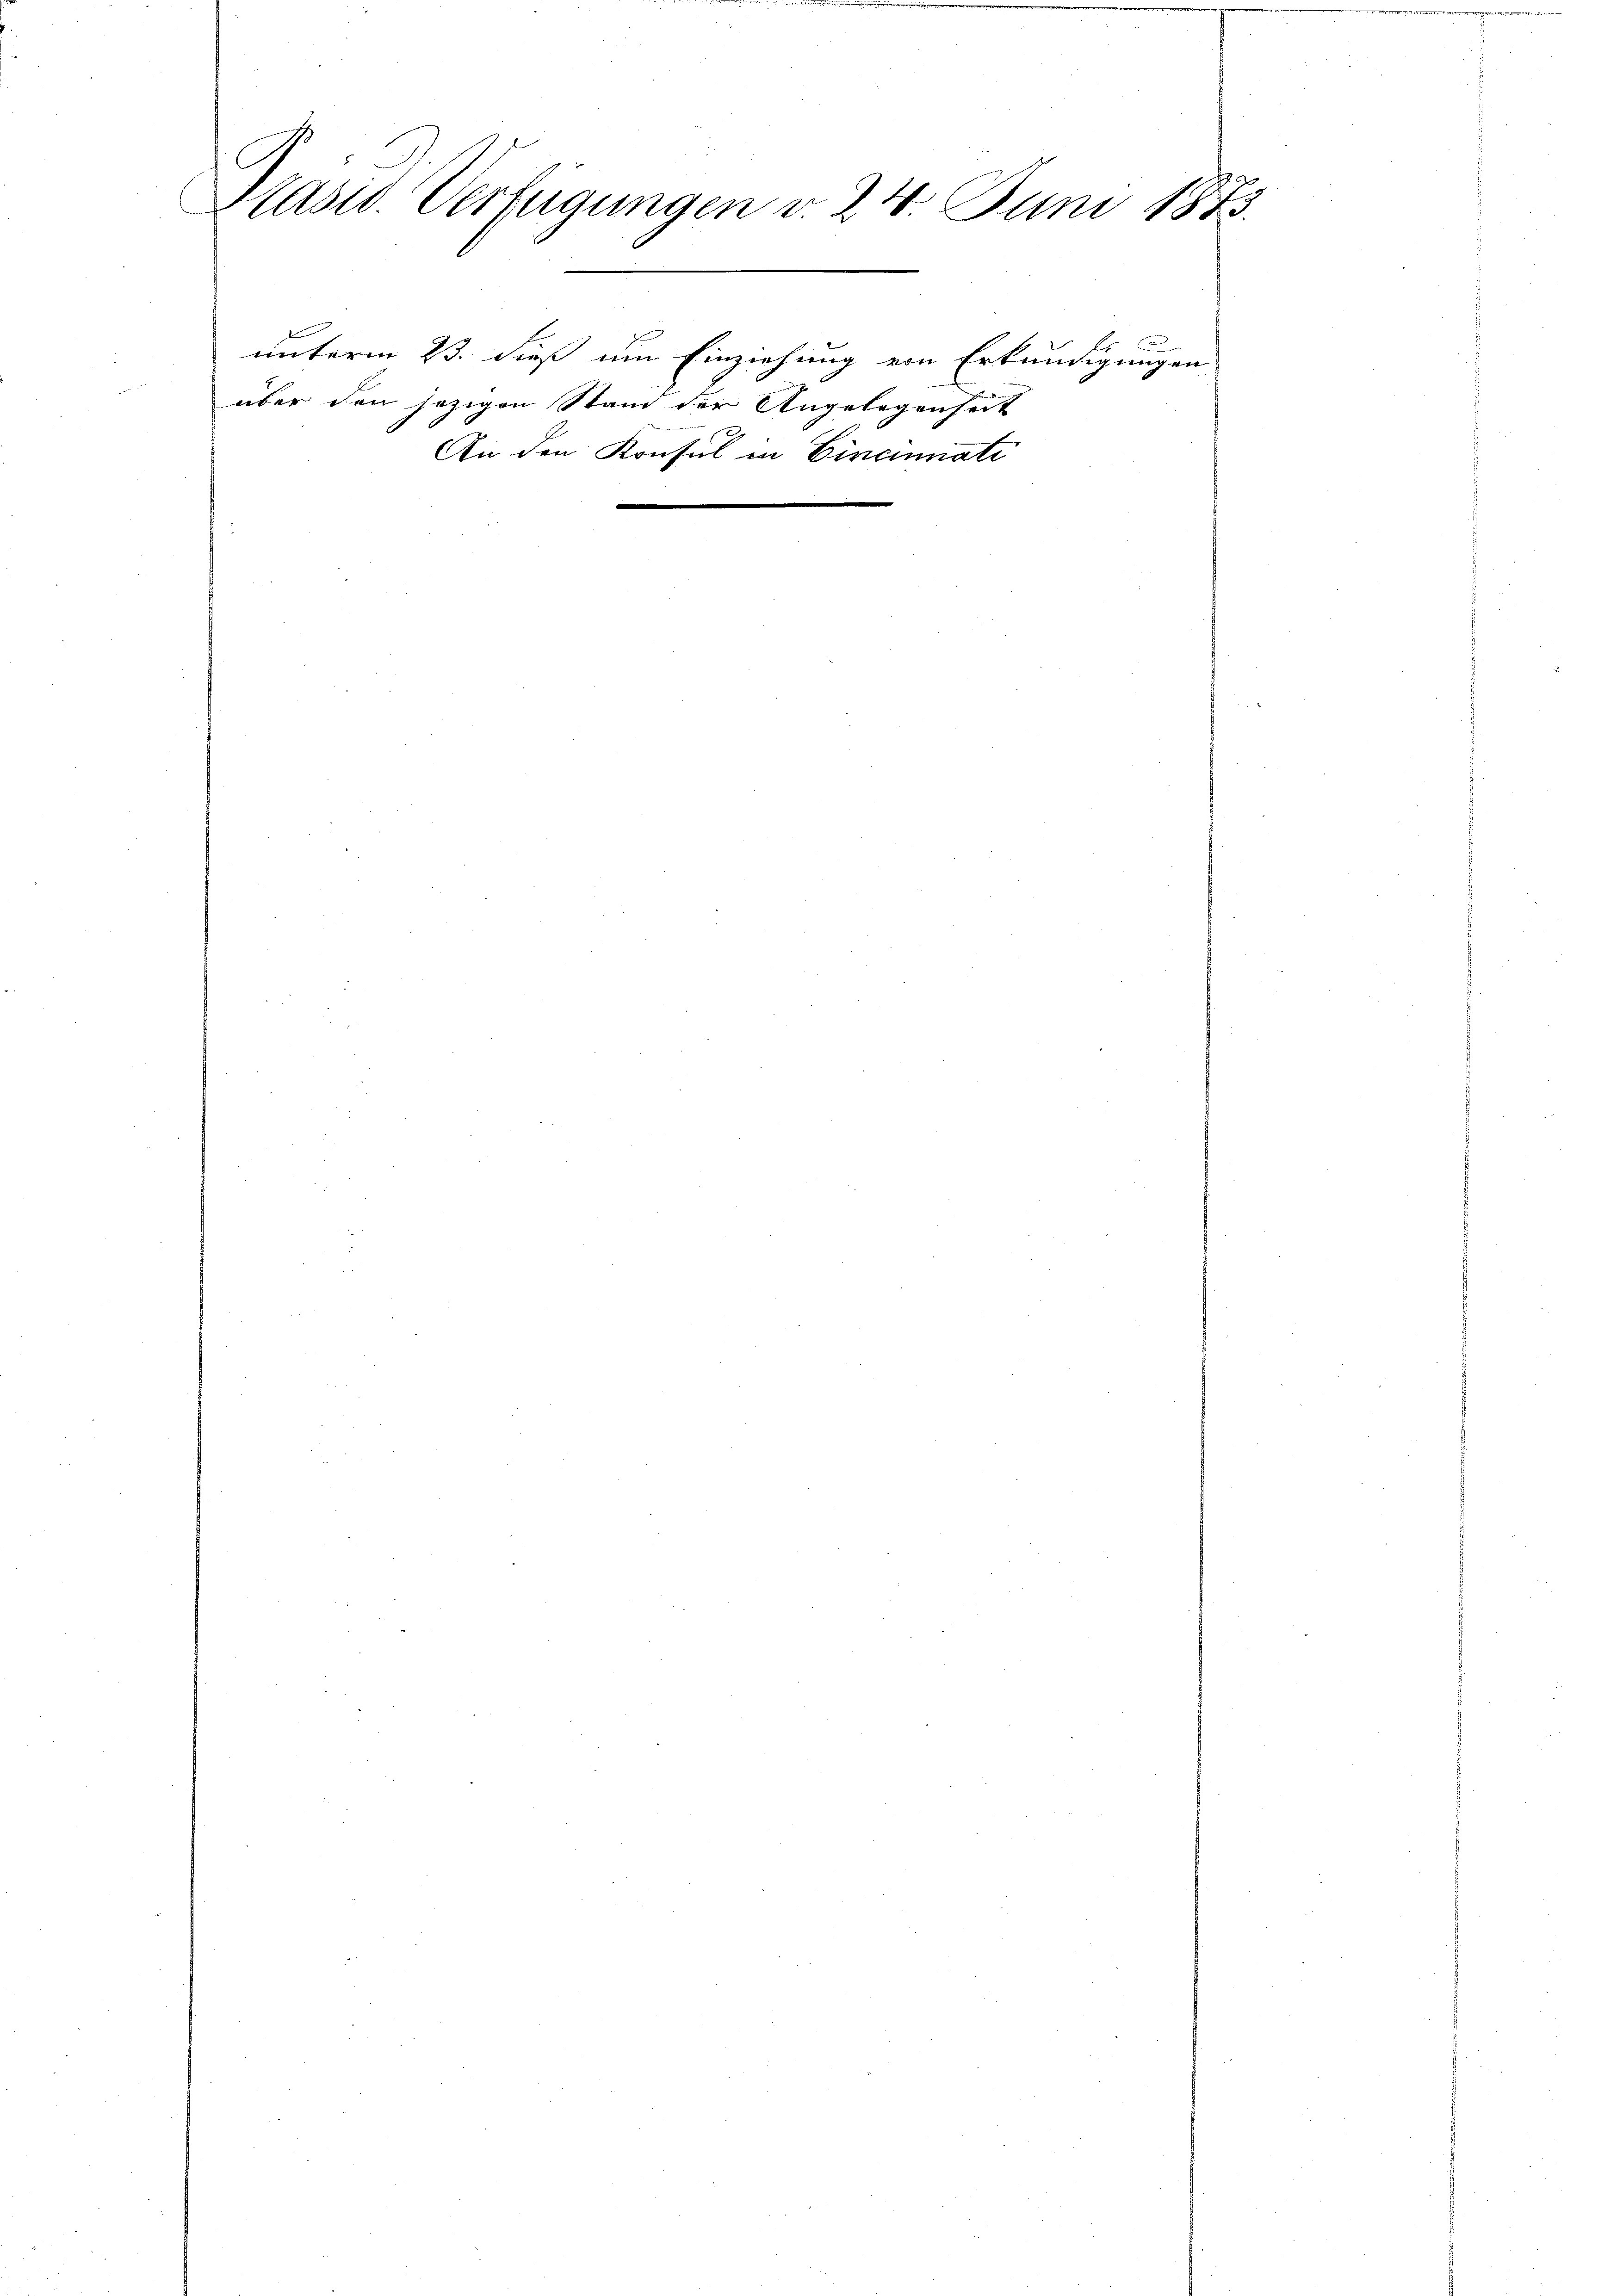
C
Präsid. Verfügungen v. 24. Juni 1873.

s

unterm 23. dieß um Einziehung von Erkundigungen
über den jezigen Stand der Angelegenheit
An den Konsul in Cincinati